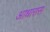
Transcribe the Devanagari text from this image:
आधारास